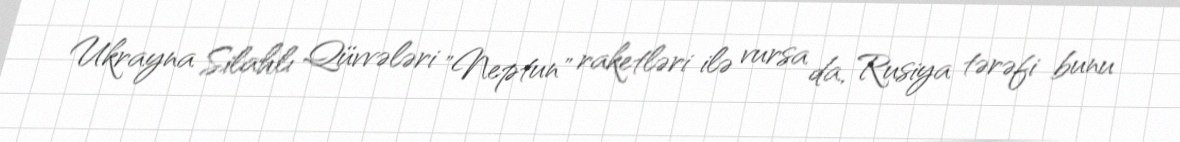
Ukrayna Silahlı Qüvvələri "Neptun" raketləri ilə vursa da, Rusiya tərəfi bunu